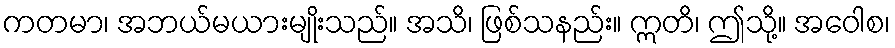
ကတမာ၊ အဘယ်မယားမျိုးသည်။ အသိ၊ ဖြစ်သနည်း။ ဣတိ၊ ဤသို့။ အဝေါစ၊